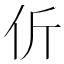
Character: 伒